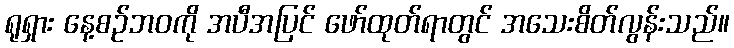
ရုရှား နေ့စဉ်ဘဝကို အပီအပြင် ဖော်ထုတ်ရာတွင် အသေးစိတ်လွန်းသည်။